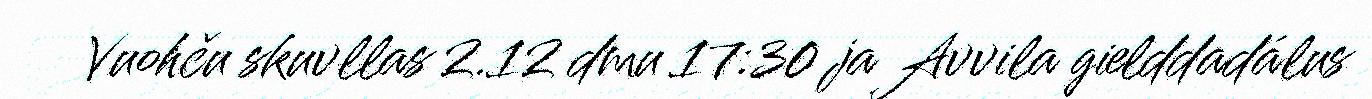
Vuohču skuvllas 2.12 dmu 17:30 ja Avvila gielddadálus